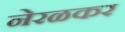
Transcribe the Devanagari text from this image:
नेरळकर